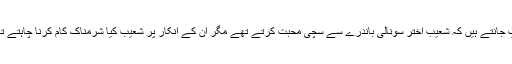
کیا آپ جانتے ہیں کہ شعیب اختر سونالی باندرے سے سچی محبت کرتے تھے مگر ان کے انکار پر شعیب کیا شرمناک کام کرنا چاہتے تھے ؟